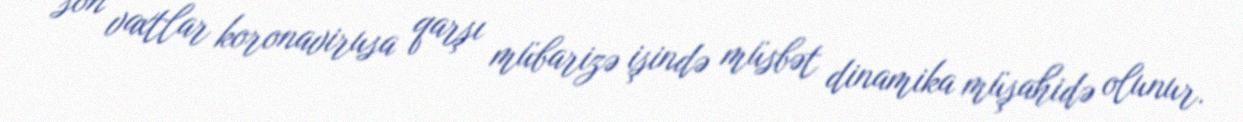
son vaxtlar koronavirusa qarşı mübarizə işində müsbət dinamika müşahidə olunur.